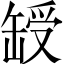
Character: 𦈽